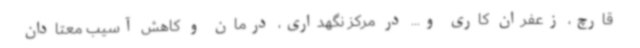
قارچ، زعفران کاری و... در مرکز نگهداری، درمان و کاهش آسیب معتادان